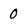
Character: 0